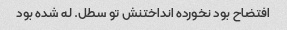
افتضاح بود نخورده انداختنش تو سطل. له شده بود